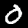
Label: 0